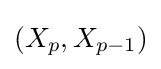
(X_{p},X_{p-1})